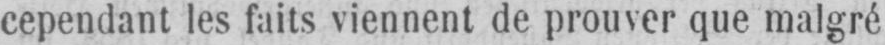
cependant les faits viennent de prouver que malgré